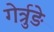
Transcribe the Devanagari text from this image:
गेर्त्रुड़े